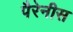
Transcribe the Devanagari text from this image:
पैरेनीस